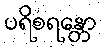
ပရိစရန္တော